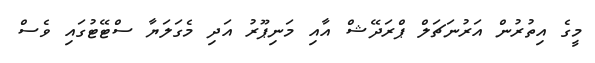
މީގެ އިތުރުން އަރުނަޗަލް ޕްރަދޭޝް އާއި މަނިޕޫރު އަދި މެގަލަޔާ ސްޓޭޓުގައި ވެސް